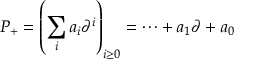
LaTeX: P _ { + } = \left( \sum _ { i } a _ { i } \partial ^ { i } \right) _ { i \geq 0 } = \cdots + a _ { 1 } \partial + a _ { 0 }